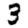
Digit: 3